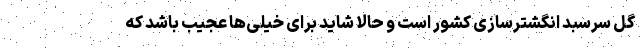
گل سرسبد انگشترسازی کشور است و حالا شاید برای خیلی‌ها عجیب باشد که